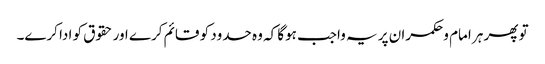
تو پھر ہر امام وحکمران پر یہ واجب ہوگا کہ وہ حدود کو قائم کرے اور حقوق کو ادا کرے۔